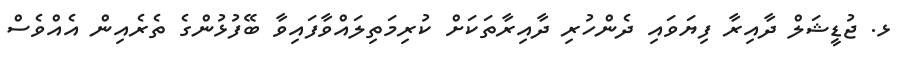
ޅ. ޖުޑީޝަލް ދާއިރާ ފިޔަވައި ދެންހުރި ދާއިރާތަކަށް ކުރިމަތިލައްވާފައިވާ ބޭފުޅުންގެ ތެރެއިން އެއްވެސް